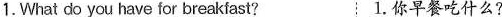
1. What do you have for breakfast? 1.你早餐吃什么?